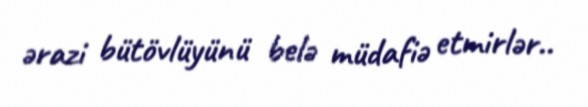
ərazi bütövlüyünü belə müdafiə etmirlər..